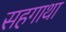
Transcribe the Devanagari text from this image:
सहगाथा